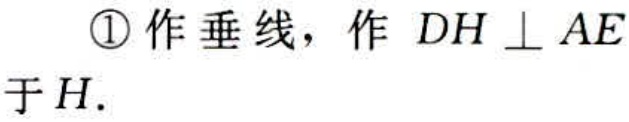
\textcircled{1} 作垂线，作 \(DH \perp AE\) 于 \(H\).